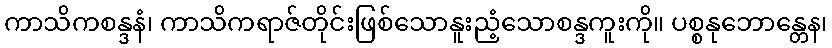
ကာသိကစန္ဒနံ၊ ကာသိကရာဇ်တိုင်းဖြစ်သောနူးညံ့သောစန္ဒကူးကို။ ပစ္စနုဘောန္တေန၊